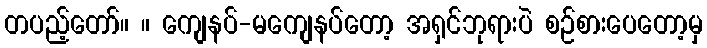
တပည့်တော်။ ။ ကျေနပ်-မကျေနပ်တော့ အရှင်ဘုရားပဲ စဉ်စားပေတော့မှ